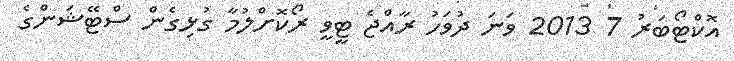
އޮކްޓޯބަރު 7 2013 ވަނަ ދުވަހު ރާއްޖެ ޓީވީ ރޯކޮށްލުމާ ގުޅިގެން ސްޓޭޝަންގެ